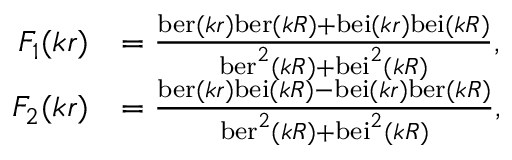
{ \begin{array} { r l } { F _ { 1 } ( k r ) } & { = { \frac { \mathrm { b e r } ( k r ) \mathrm { b e r } ( k R ) + \mathrm { b e i } ( k r ) \mathrm { b e i } ( k R ) } { \mathrm { b e r } ^ { 2 } ( k R ) + \mathrm { b e i } ^ { 2 } ( k R ) } } , } \\ { F _ { 2 } ( k r ) } & { = { \frac { \mathrm { b e r } ( k r ) \mathrm { b e i } ( k R ) - \mathrm { b e i } ( k r ) \mathrm { b e r } ( k R ) } { \mathrm { b e r } ^ { 2 } ( k R ) + \mathrm { b e i } ^ { 2 } ( k R ) } } , } \end{array} }